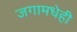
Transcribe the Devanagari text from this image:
जगामधेही